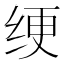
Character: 绠